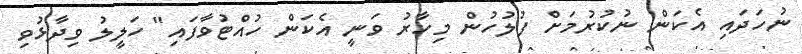
ނުހަދައި އެކަން ނުކުރުމަށް ފުލުހުން މިހާރު ވަނީ އެކަން ހުއްޓުވާފައި" ހަލީލު ވިދާޅުވި